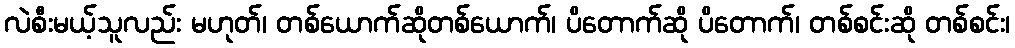
လဲစီးမယ့်သူလည်း မဟုတ်၊ တစ်ယောက်ဆိုတစ်ယောက်၊ ပိတောက်ဆို ပိတောက်၊ တစ်စင်းဆို တစ်စင်း၊